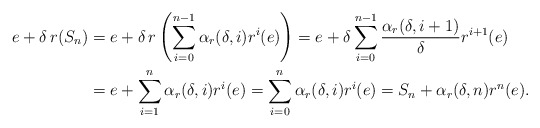
\begin{align*}e + \delta \, r(S_n) &= e + \delta \, r\left( \sum_{i=0}^{n-1} \alpha_r(\delta,i) r^{i}(e) \right) = e + \delta \sum_{i=0}^{n-1} \frac{\alpha_r(\delta,i+1)}{\delta} r^{i+1}(e) \\&= e + \sum_{i=1}^{n} \alpha_r(\delta,i) r^i(e)= \sum_{i=0}^{n} \alpha_r(\delta,i) r^i(e) = S_n + \alpha_r(\delta,n) r^n(e).\end{align*}